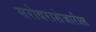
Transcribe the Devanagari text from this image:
सरोवराशेजारील